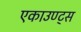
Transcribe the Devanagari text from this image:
एकाउण्ट्स